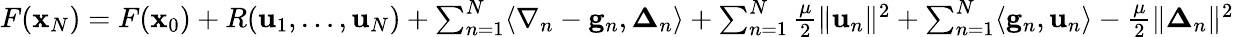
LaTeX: \begin{array}{r}{F({\mathbf x}_{N})=F({\mathbf x}_{0})+R(\mathbf{u}_{1},\dots,\mathbf{u}_{N})+\sum_{n=1}^{N}\langle\nabla_{n}-\mathbf{g}_{n},{\boldsymbol\Delta}_{n}\rangle+\sum_{n=1}^{N}\frac{\mu}{2}\| \mathbf{u}_{n}\| ^{2}+\sum_{n=1}^{N}\langle\mathbf{g}_{n},\mathbf{u}_{n}\rangle-\frac{\mu}{2}\| {\boldsymbol\Delta}_{n}\| ^{2}}\end{array}